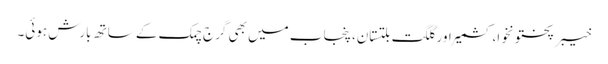
خیبر پختونخوا، کشمیر اور گلگت بلتستان، پنجاب میں بھی گرج چمک کے ساتھ بارش ہوئی۔